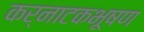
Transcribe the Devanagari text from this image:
कर्नाटकभूषण